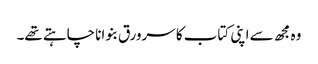
وہ مجھ سے اپنی کتاب کا سرورق بنوانا چاہتے تھے۔